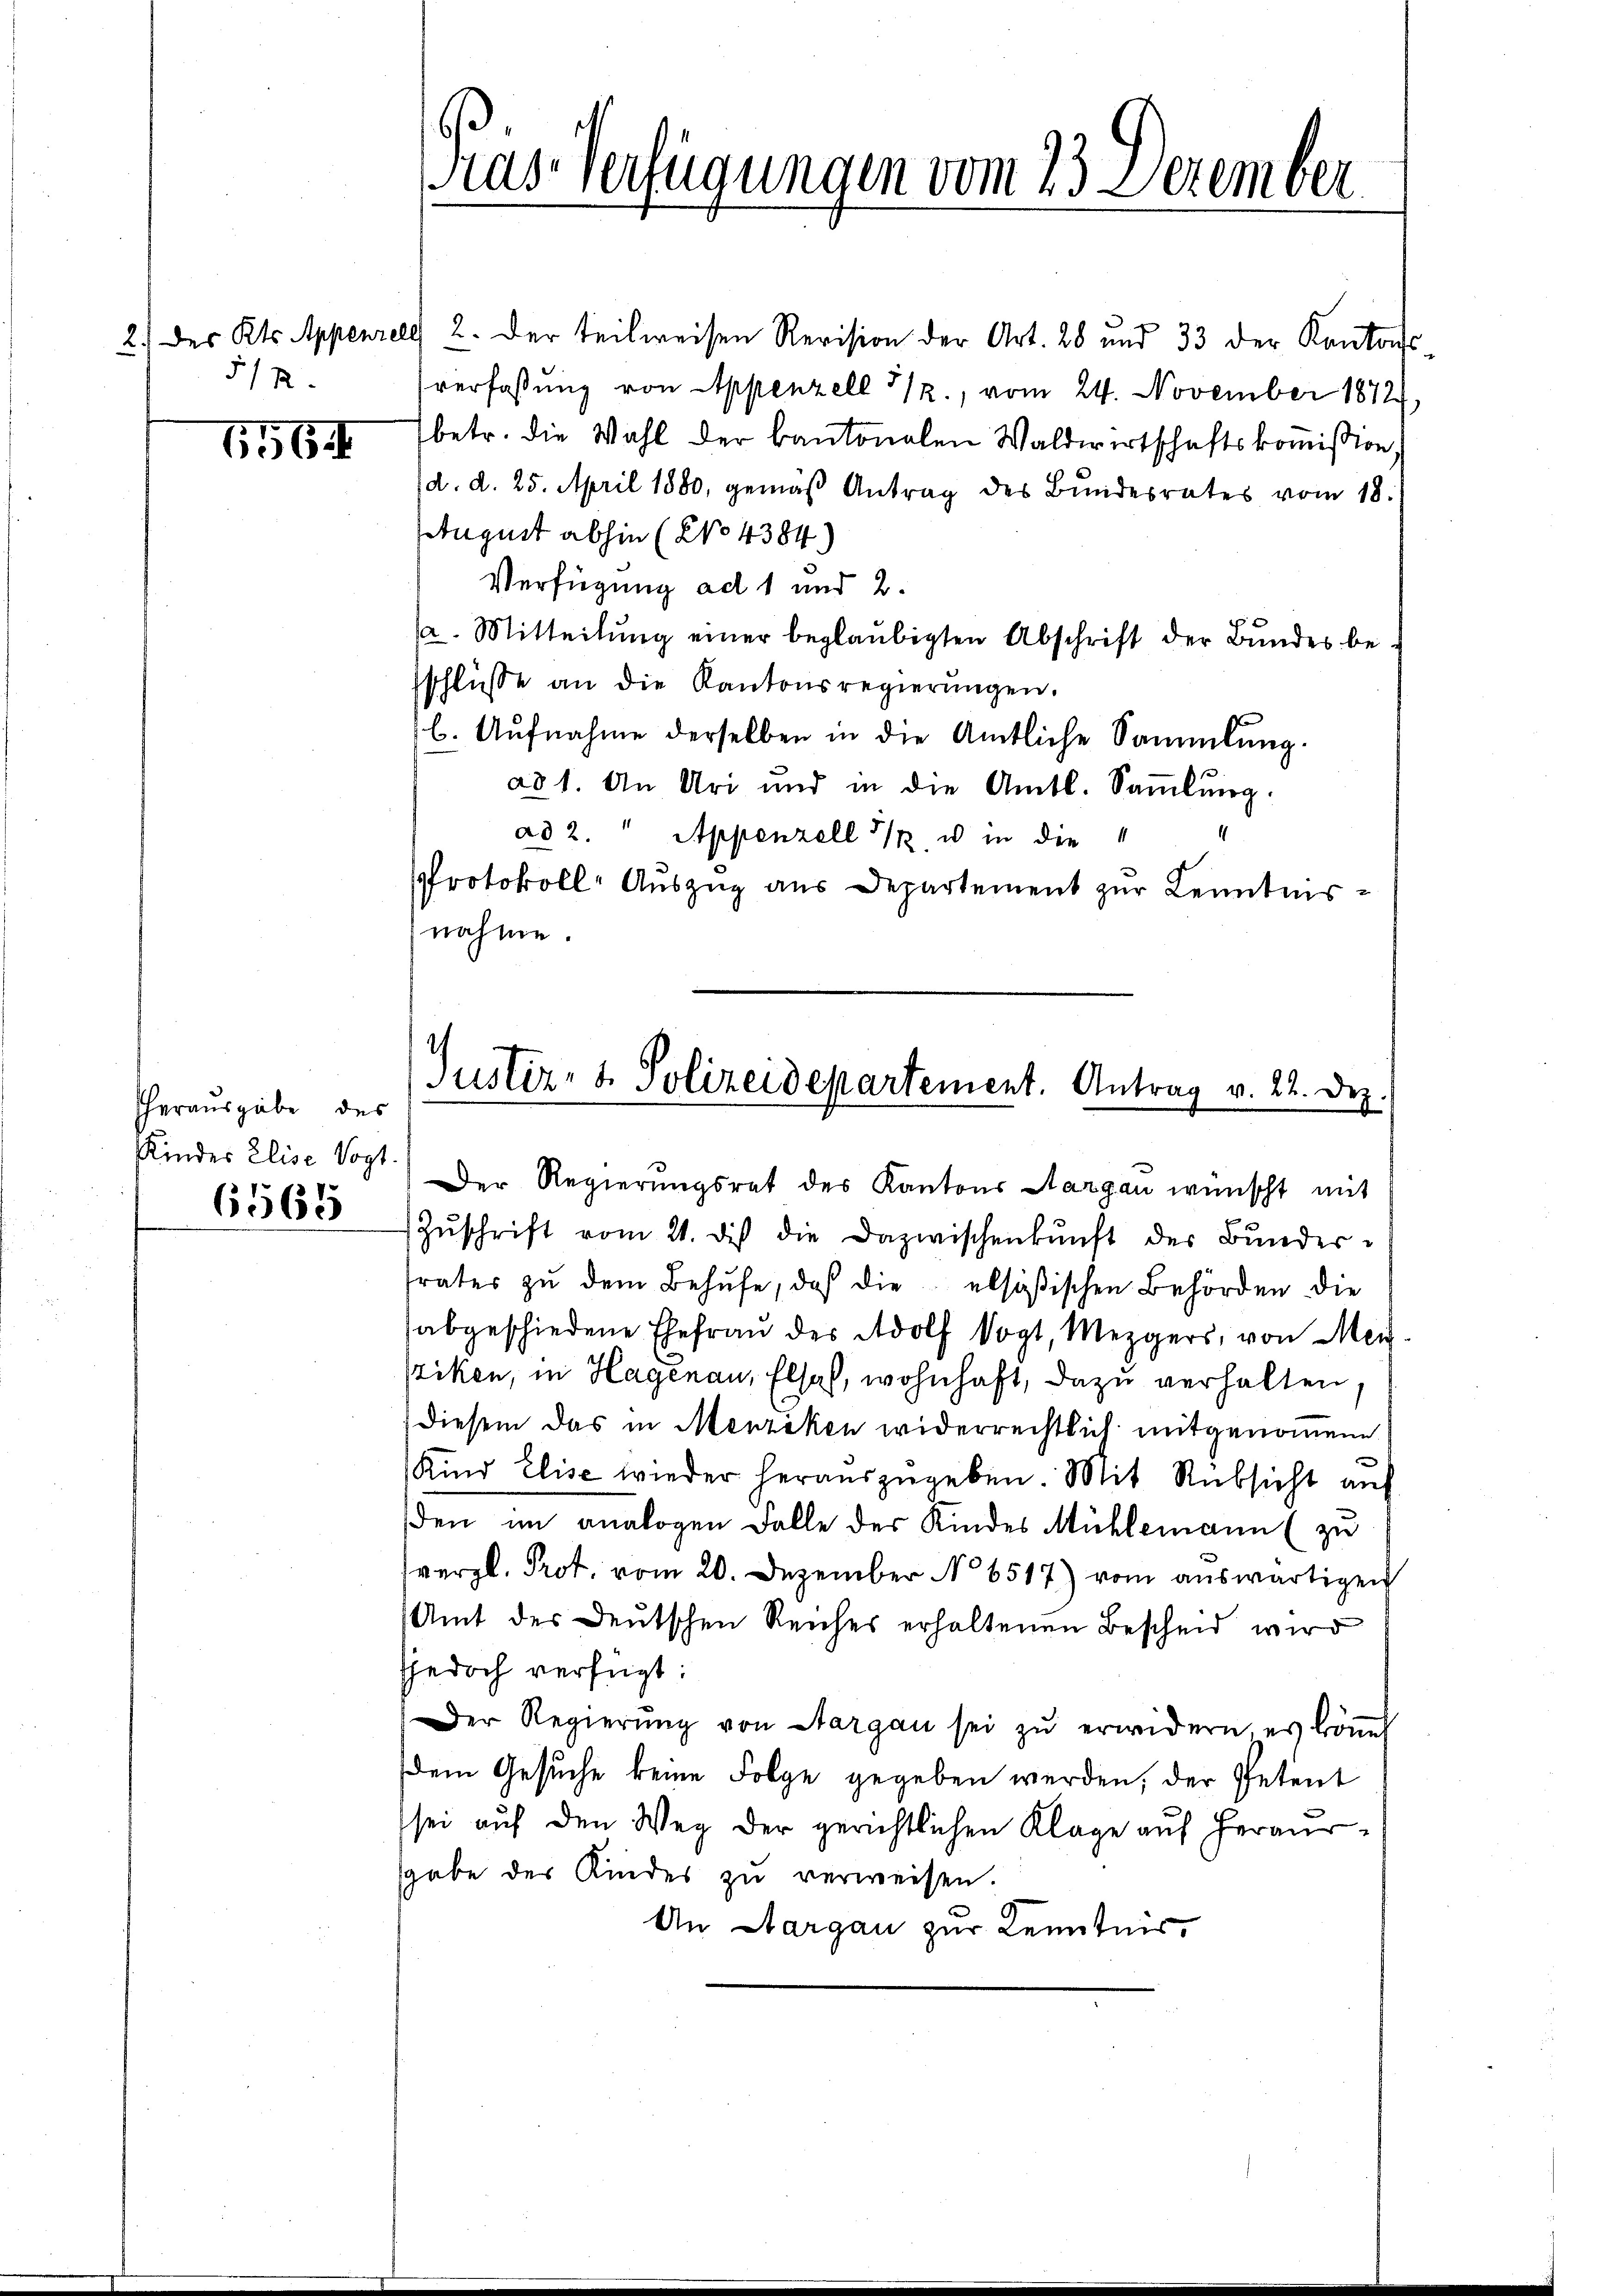
5/22.

11564

herausgabe des
Kinder Elise Vogt.

6565

Präs. Verfügungen vom 23. Dezember

2.) des Kts. Appenzelg 2. Der teilweisen Revision der Art. 28 und 33 der Kantons
verfaßung von Appenzell 1., vom 24. November 1872,
betr. die Wahl der Cantonalen Waldwirtschaftskoṁission,
d. d. 25. April 1880, gemäβ Antrag des Bŭndesrates vom 18.
tugust abhin (No 4384)
Verfügung ad 1 und 2.
/2. Mitteilŭng einer beglaubigten Abschrift der Bŭndes be-
sschlüsse an die Kantonsregierŭngen.
b. Aŭfnahme derselben in die Amtliche Sammlung.
ad 1. An Uri und in die Amtl. Saṁlŭng.
ad 2. " Appenzell 11. u in die
Protokoll- Auszug aus Departement zur Kenntnisnahme.
Justiz- & Polizeidepartement. Antrag v. 22. Dez.

Der Regierungsrat des Kantons Aargau wünscht mit
Zŭschrift vom 21. di die Dazwischenkunft der Bŭnderfrater zŭ dem Behufe, daß die alsößischen Behörden die
abgeschiedene Ehefrau des Adolf Vogt, Mezgers, von Mei
sziken, in Hagenau, Elsas, wohnhaft, dazu verhalten.
diesem das in Menziken widerrechtlich mitgenommene
e
Kind Elise wieder heraŭszŭgeben. Mit Rüksicht auf
den im analogen Falle der Kindes Mühlemann (zu
vergl. Prot. vom 20. Dezember No 6517) vom auswärtigen
Amt der Deutschen Reiches erhaltenen Bescheid wird
jjedoch verfügt:
Der Regierŭng von Aargau sei zŭ erwidern, es köṅen
Dem Gesuche keine Folge gegeben werden, der Petent
sei auf den Weg der gerichtlichen Klage auf heraussgabe der Kindes zu verweisen.
An Aargau zur Kenntnis,